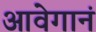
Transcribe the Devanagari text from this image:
आवेगानं